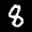
Label: 8